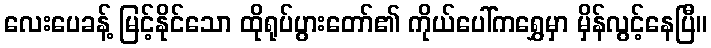
လေးပေခန့် မြင့်နိုင်သော ထိုရုပ်ပွားတော်၏ ကိုယ်ပေါ်ကရွှေမှာ မှိန်လွင့်နေပြီ။